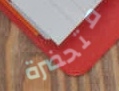
متحضرة